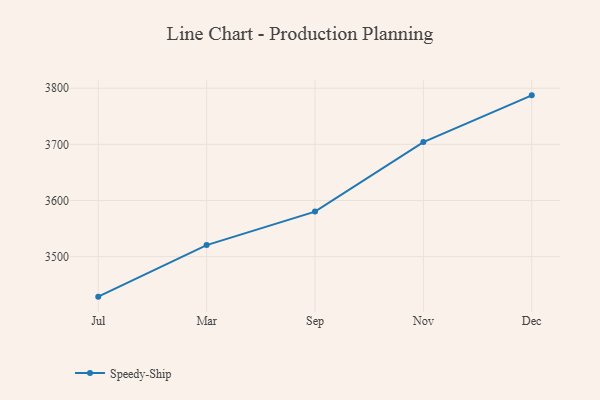
{"axis": {"x": "Month", "y": "Backlog"}, "legend": ["Speedy-Ship"], "data": [{"x": "Jul", "y": 3428.7, "type": "Speedy-Ship"}, {"x": "Mar", "y": 3520.6, "type": "Speedy-Ship"}, {"x": "Sep", "y": 3580.2, "type": "Speedy-Ship"}, {"x": "Nov", "y": 3704.1, "type": "Speedy-Ship"}, {"x": "Dec", "y": 3787.3, "type": "Speedy-Ship"}]}